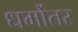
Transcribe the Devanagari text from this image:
धर्मोतर